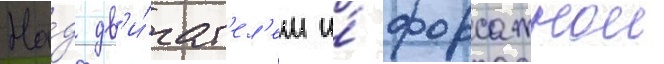
На́д дв'и́гат'ел'ем и́ форсажнои